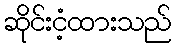
ဆိုင်းငံ့ထားသည်